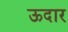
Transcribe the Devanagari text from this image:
ऊदार